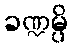
ခဏ္ဍမ္ပိ